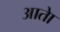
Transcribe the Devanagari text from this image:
आताे